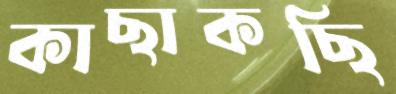
কাছাকছি